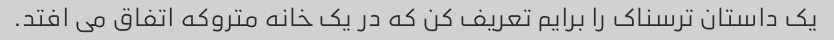
یک داستان ترسناک را برایم تعریف کن که در یک خانه متروکه اتفاق می افتد.